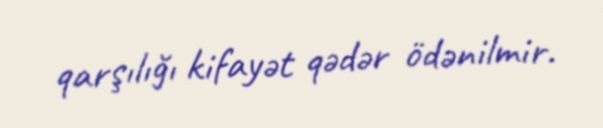
qarşılığı kifayət qədər ödənilmir.